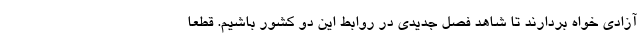
آزادی خواه بردارند تا شاهد فصل جدیدی در روابط این دو کشور باشیم. قطعاً